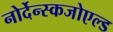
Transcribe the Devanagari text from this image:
नोर्देन्स्कजोएल्ड